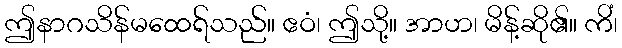
ဤနာဂသိန်မထေရ်သည်။ ဧဝံ၊ ဤသို့။ အာဟ၊ မိန့်ဆို၏။ ကိံ၊